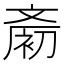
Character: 𪯨